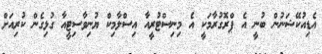
އެޑިއުކޭޝަނުން ބުނީ އެ ޕްރޮގުރާމަކީ އެ މިނިސްޓުރީއާ އިސްލާމިކް ޔުނިވާސިޓީއާ ގުޅިގެން ކުރިއަށް